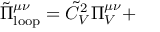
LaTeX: \tilde { \Pi } _ { \mathrm { l o o p } } ^ { \mu \nu } = \tilde { C } _ { V } ^ { 2 } \Pi _ { V } ^ { \mu \nu } +